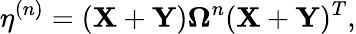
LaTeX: \mathbf{\eta}^{(n)}=(\mathbf{X}+\mathbf{Y})\mathbf{\Omega}^{n}(\mathbf{X}+\mathbf{Y})^{T},